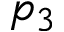
p _ { 3 }